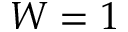
W = 1